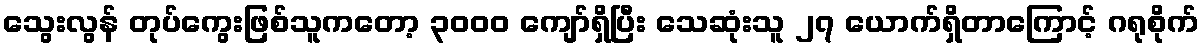
သွေးလွန် တုပ်ကွေးဖြစ်သူကတော့ ၃၀၀၀ ကျော်ရှိပြီး သေဆုံးသူ ၂၇ ယောက်ရှိတာကြောင့် ဂရုစိုက်